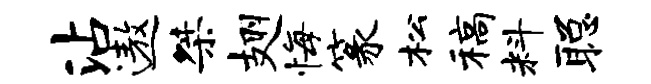
沾遨桀翅悔篆松稿料聪